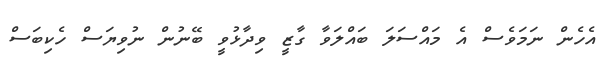
އެހެން ނަމަވެސް އެ މައްސަލަ ބައްލަވާ ގާޒީ ވިދާޅުވީ ބޭނުން ނުވިޔަސް ހެކިބަސް